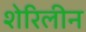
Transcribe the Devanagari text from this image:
शेरिलीन